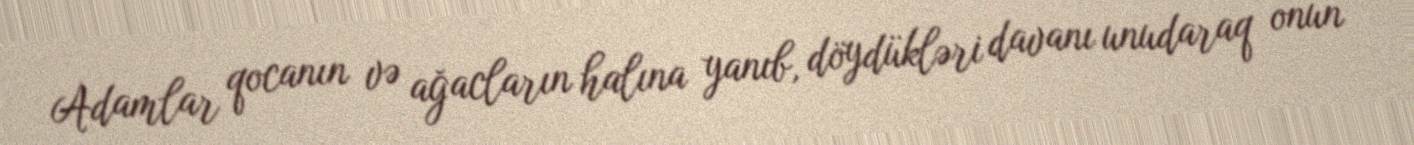
Adamlar qocanın və ağacların halına yanıb, döydükləri davanı unudaraq onun